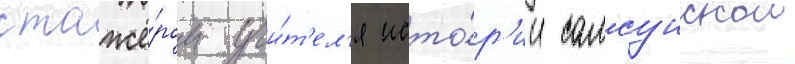
стажё́ром учи́т'ел'я исто́р'ии самсунскои